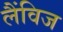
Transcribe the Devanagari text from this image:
लैंविज